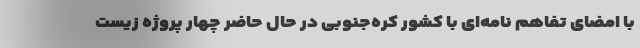
با امضای تفاهم نامه‌ای با کشور کره‌جنوبی در حال حاضر چهار پروژه زیست